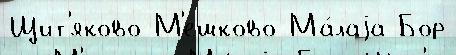
Щит'яково М'ешково Ма́лаjа Бор